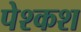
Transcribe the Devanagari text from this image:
पेश्कश